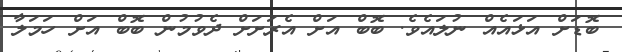
ބޮޑަށް އަޅައެއް ނުލައެވެ. ބޮބް އަށް އެރަށަށް ދެވުމުން ބޮބް އަށް ހަމަލާ